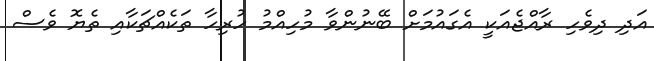
އަދި ދިވެހި ރާއްޖެއަކީ އެގައުމަށް ބޭނުންވާ މުހިއްމު ހުރިހާ ތަކެއްޗަކާއި ތެޔޮ ވެސް